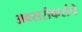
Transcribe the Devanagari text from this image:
अवसरीकरांचे